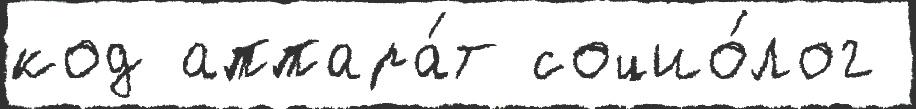
код аппара́т социо́лог